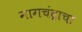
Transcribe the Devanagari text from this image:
नागचंद्राचा